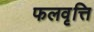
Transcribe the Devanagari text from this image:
फलवृत्ति